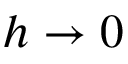
h \to 0